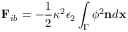
\mathbf { F } _ { i b } = - \frac { 1 } { 2 } \kappa ^ { 2 } \epsilon _ { 2 } \int _ { \Gamma } \phi ^ { 2 } \mathbf { n } d \mathbf { x }